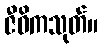
ဇီဝိကသုတ်။